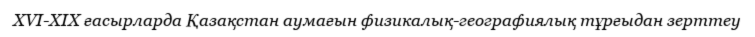
XVI-XIX ғасырларда Қазақстан аумағын физикалық-географиялық тұрғыдан зерттеу